Insane asylums Bombay 1873-77 - 1873-1877
Year: 1873
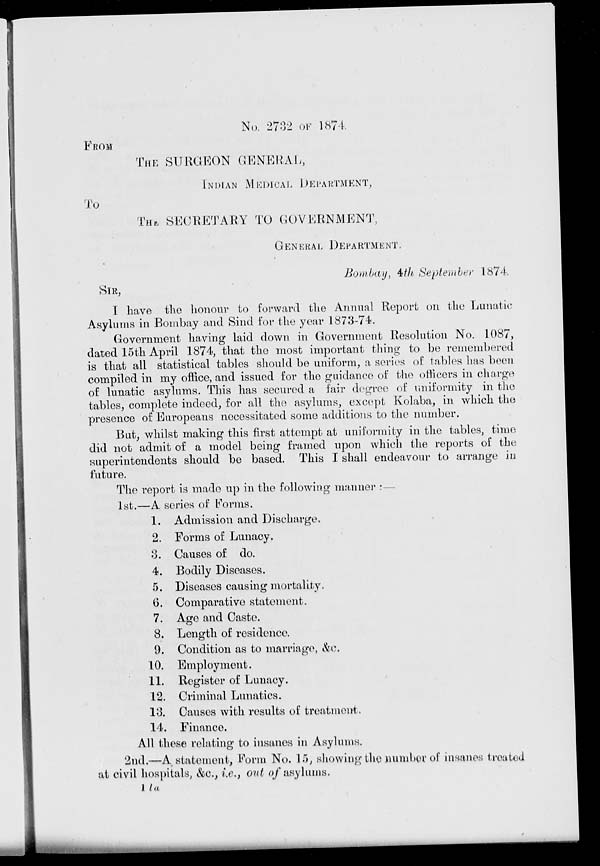
No. 2732 of 1874.
FROM
THE SURGEON GENERAL,
INDIAN MEDICAL DEPARTMENT,
To
THIS, SECRETARY TO GOVERNMENT,
GENERAL DEPARTMENT,
Bombay, 4th September 1874.
SIR,
I have the honour to forward the Annual Report on the Lunatic
Asylums in Bombay and Sind for the year 1873-74.
Government having laid down in Government Resolution No. 1087,
dated 15th April 1874, that the most important thing to be remembered
is that all statistical tables should be uniform, a series of tables has been
compiled in my office, and issued for the guidance of the officers in charge
of lunatic asylums. This has secured a fair degree of uniformity in the
tables, complete indeed, for all the asylums, except Kolaba, in which the
presence of Europeans necessitated some additions to the number.
But, whilst making this first attempt at uniformity in the tables, time
did not admit of a model being framed upon which the reports of the
superintendents should be based. This I shall endeavour to arrange in
future.
The report is made up in the following manner :—
1st.—A series of Forms.
1.
2.
3.
4.
5.
6.
7.
8.
9.
10.
11.
12.
13.
14.
Admission and Discharge.
Forms of Lunacy.
Causes of do.
Bodily Diseases.
Diseases causing mortality.
Comparative statement.
Ago and Caste.
Length of residence.
Condition as to marriage, &c.
Employment.
Register of Lunacy.
Criminal Lunatics.
Causos with results of treatment.
Finance.
All these relating to insanes in Asylums.
2nd.—A statement, Form No. 15, showing the number of insanes treated
at civil hospitals, &c., i.e., out of asylums.
1 la